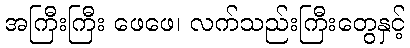
အကြီးကြီး ဖေဖေ၊ လက်သည်းကြီးတွေနှင့်